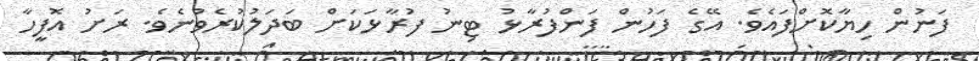
ފަނުން ހިޔާކޮށްފައެވެ. އޭގެ ފަހުން ފަންފުރާޅު ޓިނު ފުރާޅަކަށް ބަދަލުކުރެވުނެވެ. ރަށު އޮފީހާ